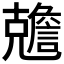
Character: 𠓏